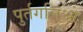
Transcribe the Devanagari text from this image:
पुर्तगलिओ